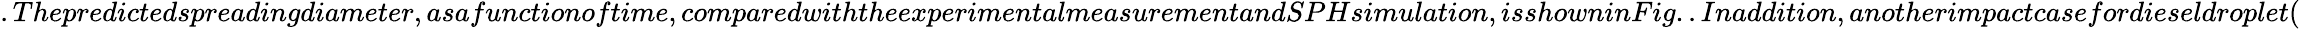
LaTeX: .Thepredictedspreadingdiameter,asafunctionoftime,comparedwiththeexperimentalmeasurementandSPHsimulation,isshowninFig..Inaddition,anotherimpactcasefordieseldroplet(